Civil Veterinary Department. Central Provinces & Berar 1925-31 - 1925-1931
Year: 1925
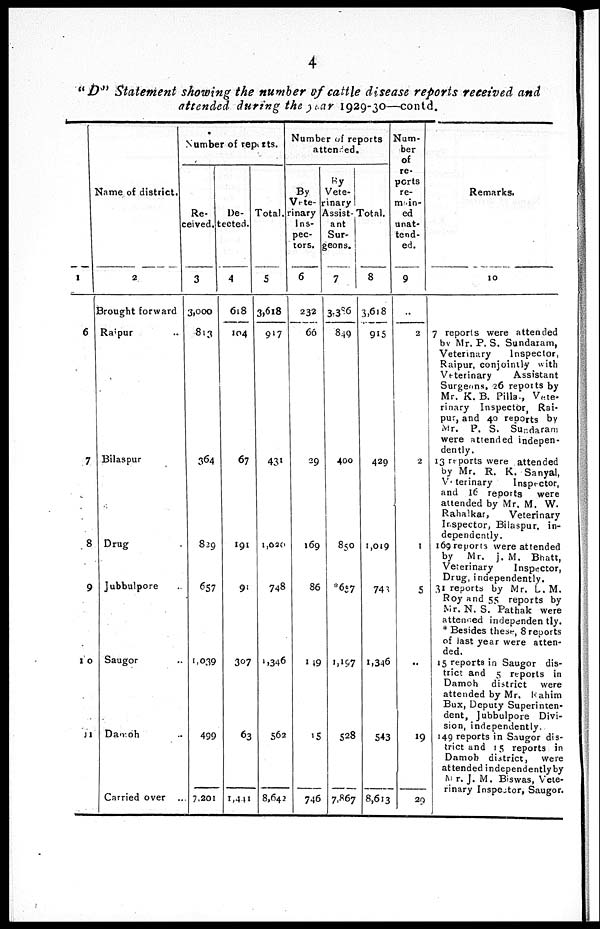
4
"D" Statement showing the number of cattle disease reports received and
attended during the year 1929-30—contd.
1
6
7
8
9
10
11
Name of district.
2
Brought forward
Raipur ...
Bilaspur
Drug
Jubbulpore
Saugor ...
Damoh ..
Carried over ..
Number of reports.
Re-
eived.
3
3,000
813
364
829
657
1,039
499
7,201
De-
ected.
4
618
104
67
191
91
307
63
1,441
Total.
5
3,618
917
431
1,020
748
1,346
562
8,642
Number of reports
attended.
By
Vete-
inary
Ins-
pec-
tors.
6
232
66
29
169
86
149
15
746
By
Vete-
inary
Assist-
ant
Sur-
eons.
7
3,386
849
400
850
*657
1,197
528
7,867
Total.
8
3,618
915
429
1,019
741
1,346
543
8,613
Num-
ber
of
re-
ports
re-
main-
ed
unat-
tend-
ed.
9
..
2
2
1
5
..
19
29
Remarks.
10
7 reports were attended
by Mr. P. S. Sundaram,
Veterinary
Inspector,
Raipur, conjointly with
Veterinary
Assistant
Surgeons, 26 reports by
Mr. K. B. Pilla., Vete-
rinary Inspector, Rai-
pur, and 40 reports by
Mr. P. S. Suadaram
were attended indepen-
dently.
13 reports were attended
by Mr. R. K. Sanyal,
Veterinary
Inspector,
and 16 reports were
attended by Mr. M. W.
Rahalkar,
Veterinary
Inspector, Bilaspur, in-
dependently.
169 reports were attended
by Mr. j. M. Bhatt,
Veterinary
Inspector,
Drug, independently.
31 reports by Mr. L. M.
Roy and 55 reports by
Mr. N. S. Pathak were
attended independently.
* Besides thess, 8 reports
of last year were atten-
ded.
15 reports in Saugor dis-
trict and 5 reports in
Damoh district were
attended by Mr. Kahim
Bux, Deputy Superinten-
dent, Jubbulpore Divi-
sion, independently.
149 reports in Saugor dis-
trict and 15 reports in
Damob district, were
attended independently by
Mr. J. M. Biswas, Vete-
rinary Inspector, Saugor.